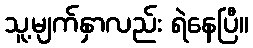
သူ့မျက်နှာလည်း ရဲနေပြီ။